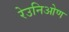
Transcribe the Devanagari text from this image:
रेउनिओण